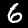
Digit: 6